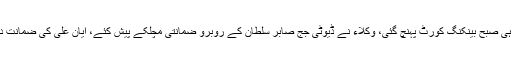
ایان علی کے وکلا کی ٹیم خرم لطیف کھوسہ کی سربراہی میں صبح ہی صبح بینکنگ کورٹ پہنچ گئی، وکلاء نے ڈیوٹی جج صابر سلطان کے روبرو ضمانتی مچلکے پیش کئے، ایان علی کی ضمانت دینے والے محمد نواز اور شوکت نواز کو بھی عدالت میں پیش ہوئے۔